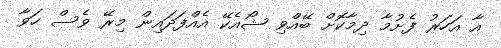
އާ އަހަރު ފެށުމާ ދިމާކޮށް ބޭއްވި ޝޯއެކޭ އެއްފަދައިން މިރޭ ވެސް ހަވާ